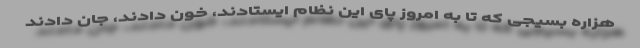
هزاره بسیجی که تا به امروز پای این نظام ایستادند، خون دادند، جان دادند